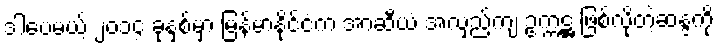
ဒါပေမယ့် ၂၀၁၄ ခုနှစ်မှာ မြန်မာနိုင်ငံက အာဆီယံ အလှည့်ကျ ဥက္ကဋ္ဌ ဖြစ်လိုတဲ့ဆန္ဒကို